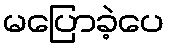
မပြောခဲ့ပေ